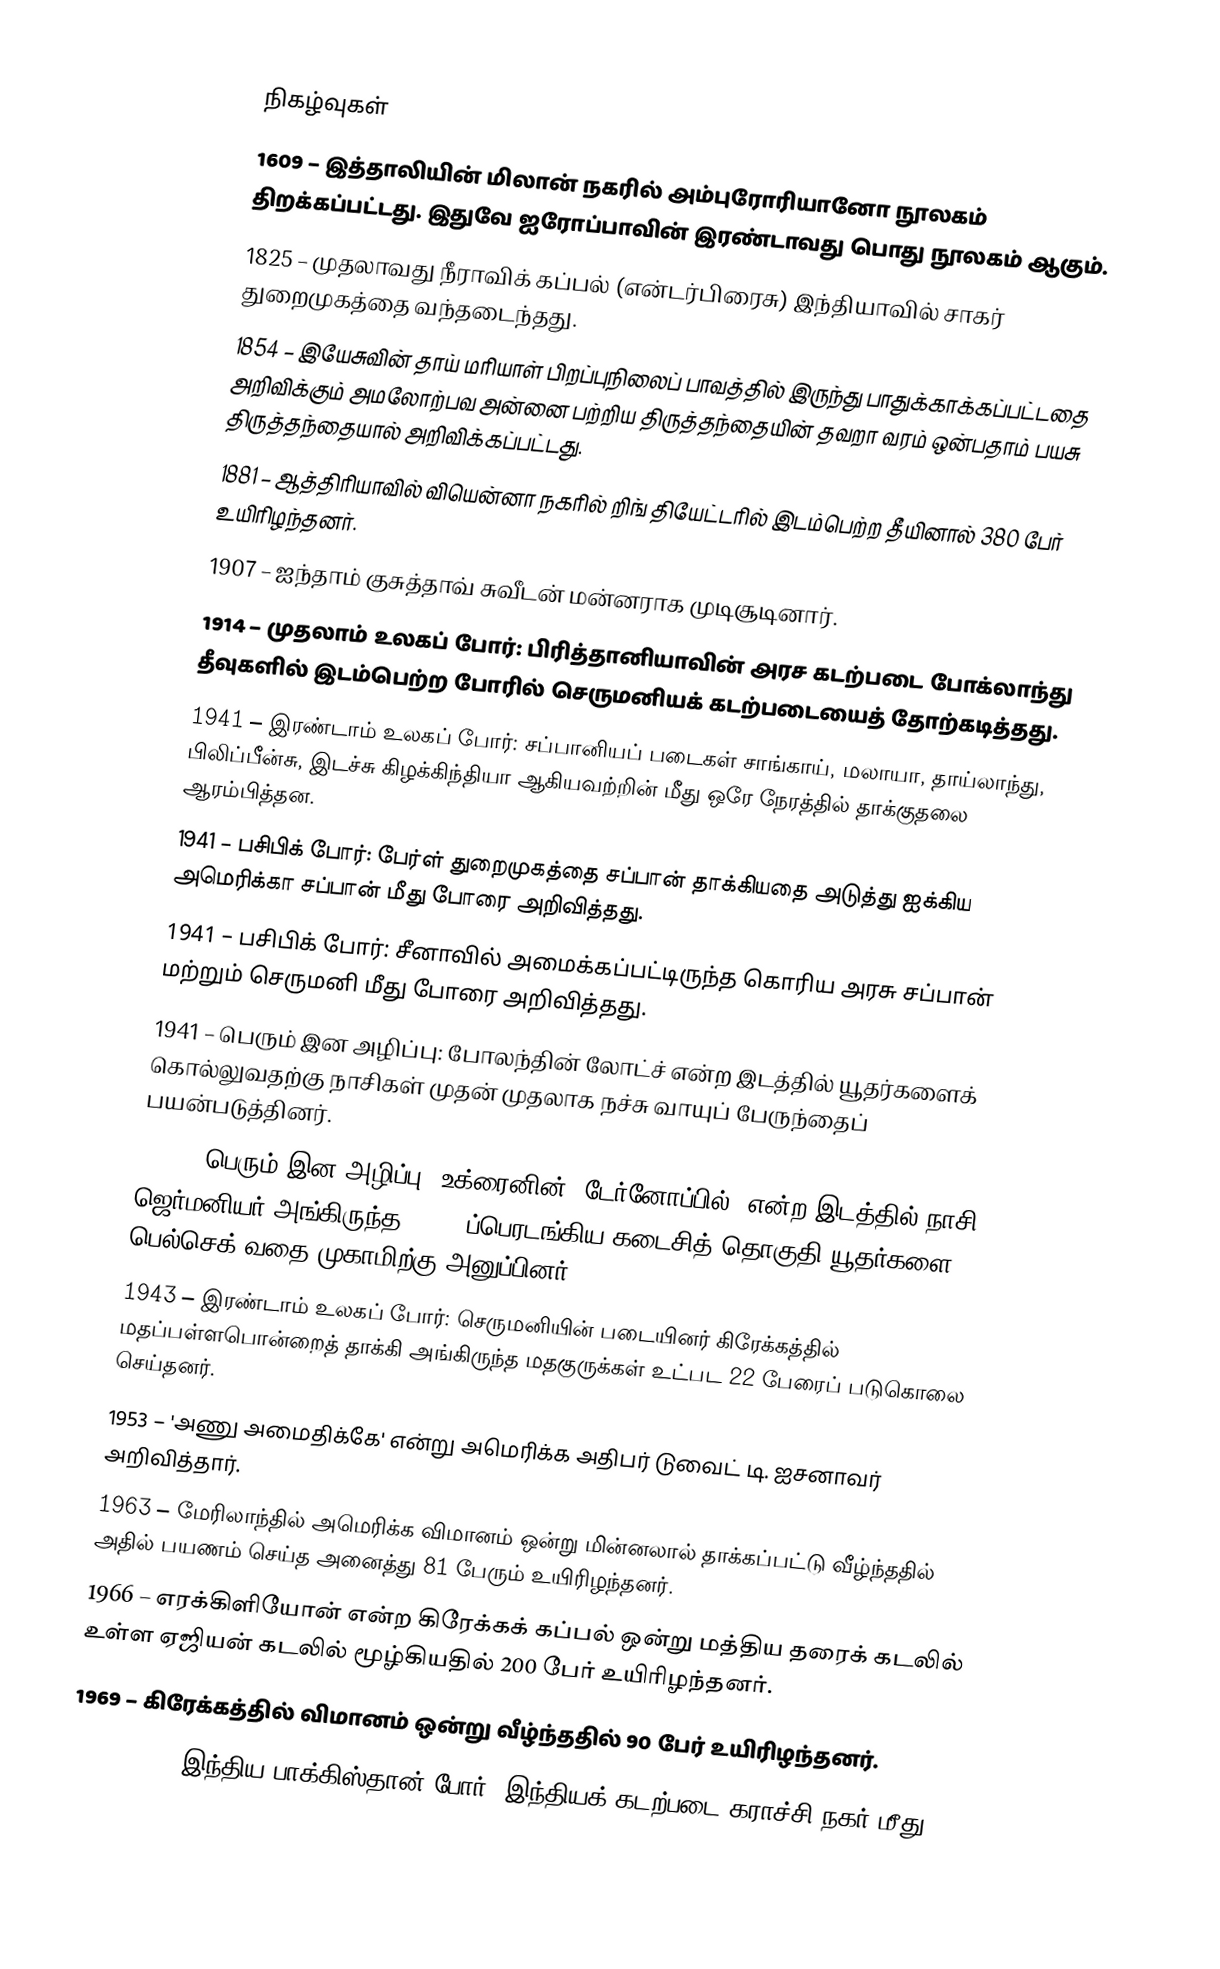

நிகழ்வுகள்
1609 – இத்தாலியின் மிலான் நகரில் அம்புரோரியானோ நூலகம் திறக்கப்பட்டது. இதுவே ஐரோப்பாவின் இரண்டாவது பொது நூலகம் ஆகும்.
1825 – முதலாவது நீராவிக் கப்பல் (என்டர்பிரைசு) இந்தியாவில் சாகர் துறைமுகத்தை வந்தடைந்தது.
1854 – இயேசுவின் தாய் மரியாள் பிறப்புநிலைப் பாவத்தில் இருந்து பாதுக்காக்கப்பட்டதை அறிவிக்கும் அமலோற்பவ அன்னை பற்றிய திருத்தந்தையின் தவறா வரம் ஒன்பதாம் பயசு திருத்தந்தையால் அறிவிக்கப்பட்டது.
1881 – ஆத்திரியாவில் வியென்னா நகரில் றிங் தியேட்டரில் இடம்பெற்ற தீயினால் 380 பேர் உயிரிழந்தனர்.
1907 – ஐந்தாம் குசுத்தாவ் சுவீடன் மன்னராக முடிசூடினார்.
1914 – முதலாம் உலகப் போர்: பிரித்தானியாவின் அரச கடற்படை போக்லாந்து தீவுகளில் இடம்பெற்ற போரில் செருமனியக் கடற்படையைத் தோற்கடித்தது.
1941 – இரண்டாம் உலகப் போர்: சப்பானியப் படைகள் சாங்காய், மலாயா, தாய்லாந்து, பிலிப்பீன்சு, இடச்சு கிழக்கிந்தியா ஆகியவற்றின் மீது ஒரே நேரத்தில் தாக்குதலை ஆரம்பித்தன.
1941 – பசிபிக் போர்: பேர்ள் துறைமுகத்தை சப்பான் தாக்கியதை அடுத்து ஐக்கிய அமெரிக்கா சப்பான் மீது போரை அறிவித்தது.
1941 – பசிபிக் போர்: சீனாவில் அமைக்கப்பட்டிருந்த கொரிய அரசு சப்பான் மற்றும் செருமனி மீது போரை அறிவித்தது.
1941 – பெரும் இன அழிப்பு: போலந்தின் லோட்ச் என்ற இடத்தில் யூதர்களைக் கொல்லுவதற்கு நாசிகள் முதன் முதலாக நச்சு வாயுப் பேருந்தைப் பயன்படுத்தினர்.
1942 – பெரும் இன அழிப்பு: உக்ரைனின் "டேர்னோப்பில்" என்ற இடத்தில் நாசி ஜெர்மனியர் அங்கிருந்த 1,400 ப்பெரடங்கிய கடைசித் தொகுதி யூதர்களை பெல்செக் வதை முகாமிற்கு அனுப்பினர்.
1943 – இரண்டாம் உலகப் போர்: செருமனியின் படையினர் கிரேக்கத்தில் மதப்பள்ளபொன்றைத் தாக்கி அங்கிருந்த மதகுருக்கள் உட்பட 22 பேரைப் படுகொலை செய்தனர்.
1953 – 'அணு அமைதிக்கே' என்று அமெரிக்க அதிபர் டுவைட் டி. ஐசனாவர் அறிவித்தார்.
1963 – மேரிலாந்தில் அமெரிக்க விமானம் ஒன்று மின்னலால் தாக்கப்பட்டு வீழ்ந்ததில் அதில் பயணம் செய்த அனைத்து 81 பேரும் உயிரிழந்தனர்.
1966 – எரக்கிளியோன் என்ற கிரேக்கக் கப்பல் ஒன்று மத்திய தரைக் கடலில் உள்ள ஏஜியன் கடலில் மூழ்கியதில் 200 பேர் உயிரிழந்தனர்.
1969 – கிரேக்கத்தில் விமானம் ஒன்று வீழ்ந்ததில் 90 பேர் உயிரிழந்தனர்.
1971 – 1971 இந்திய-பாக்கிஸ்தான் போர்: இந்தியக் கடற்படை கராச்சி நகர் மீது